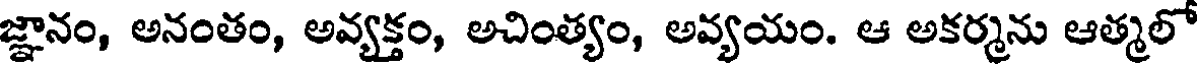
జ్ఞానం, అనంతం, అవ్యక్తం, అచింత్యం, అవ్యయం. ఆ అకర్మను ఆత్మలో